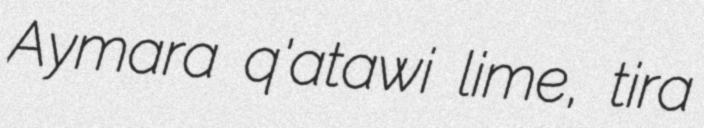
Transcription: Aymara q'atawi lime, tira